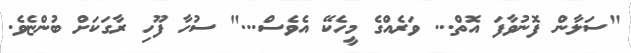
"ސަލާން ފޮނުވާފަ އޮތް... ވަރެއްގެ މީހެކޭ އެވެސް..." ސުހާ ފޫހި ރާގަކަށް ބުންޏެވެ.